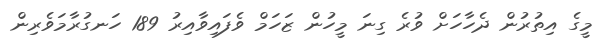
މީގެ އިތުރުން ދެހާހަށް ވުރެ ގިނަ މީހުން ޒަހަމް ވެފައިވާއިރު 189 ހަނގުރާމަވެރިން